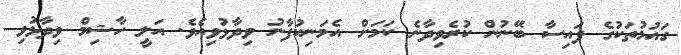
ގައުމުތަކުގެ ފައިސާ ބޭނުން ކުރެވިދާނެ ކަމަށް އެމަނިކުފާނު ވިދާޅުވިއެވެ. އަލީ ހާޝިމް ވިދާޅުވި